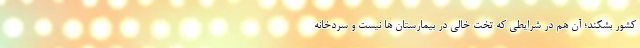
کشور بشکند؛ آن هم در شرایطی که تخت خالی در بیمارستان ها نیست و سردخانه